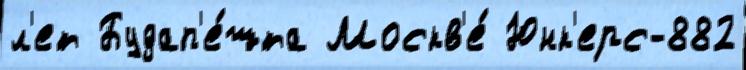
л'ет Будап'е́шта Москв'е́ Юнк'ерс-882